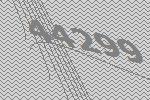
44299